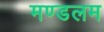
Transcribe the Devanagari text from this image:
मण्डलम